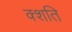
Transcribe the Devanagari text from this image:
क्शति